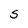
Character: s